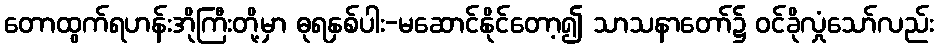
တောထွက်ရဟန်းအိုကြီးတို့မှာ ဓုရနှစ်ပါး-မဆောင်နိုင်တော့၍ သာသနာတော်၌ ဝင်ခိုလှုံသော်လည်း